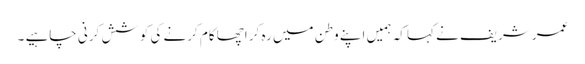
عمر شریف نے کہا کہ ہمیں اپنے وطن میں رہ کر اچھا کام کرنے کی کوشش کرنی چاہیے ۔